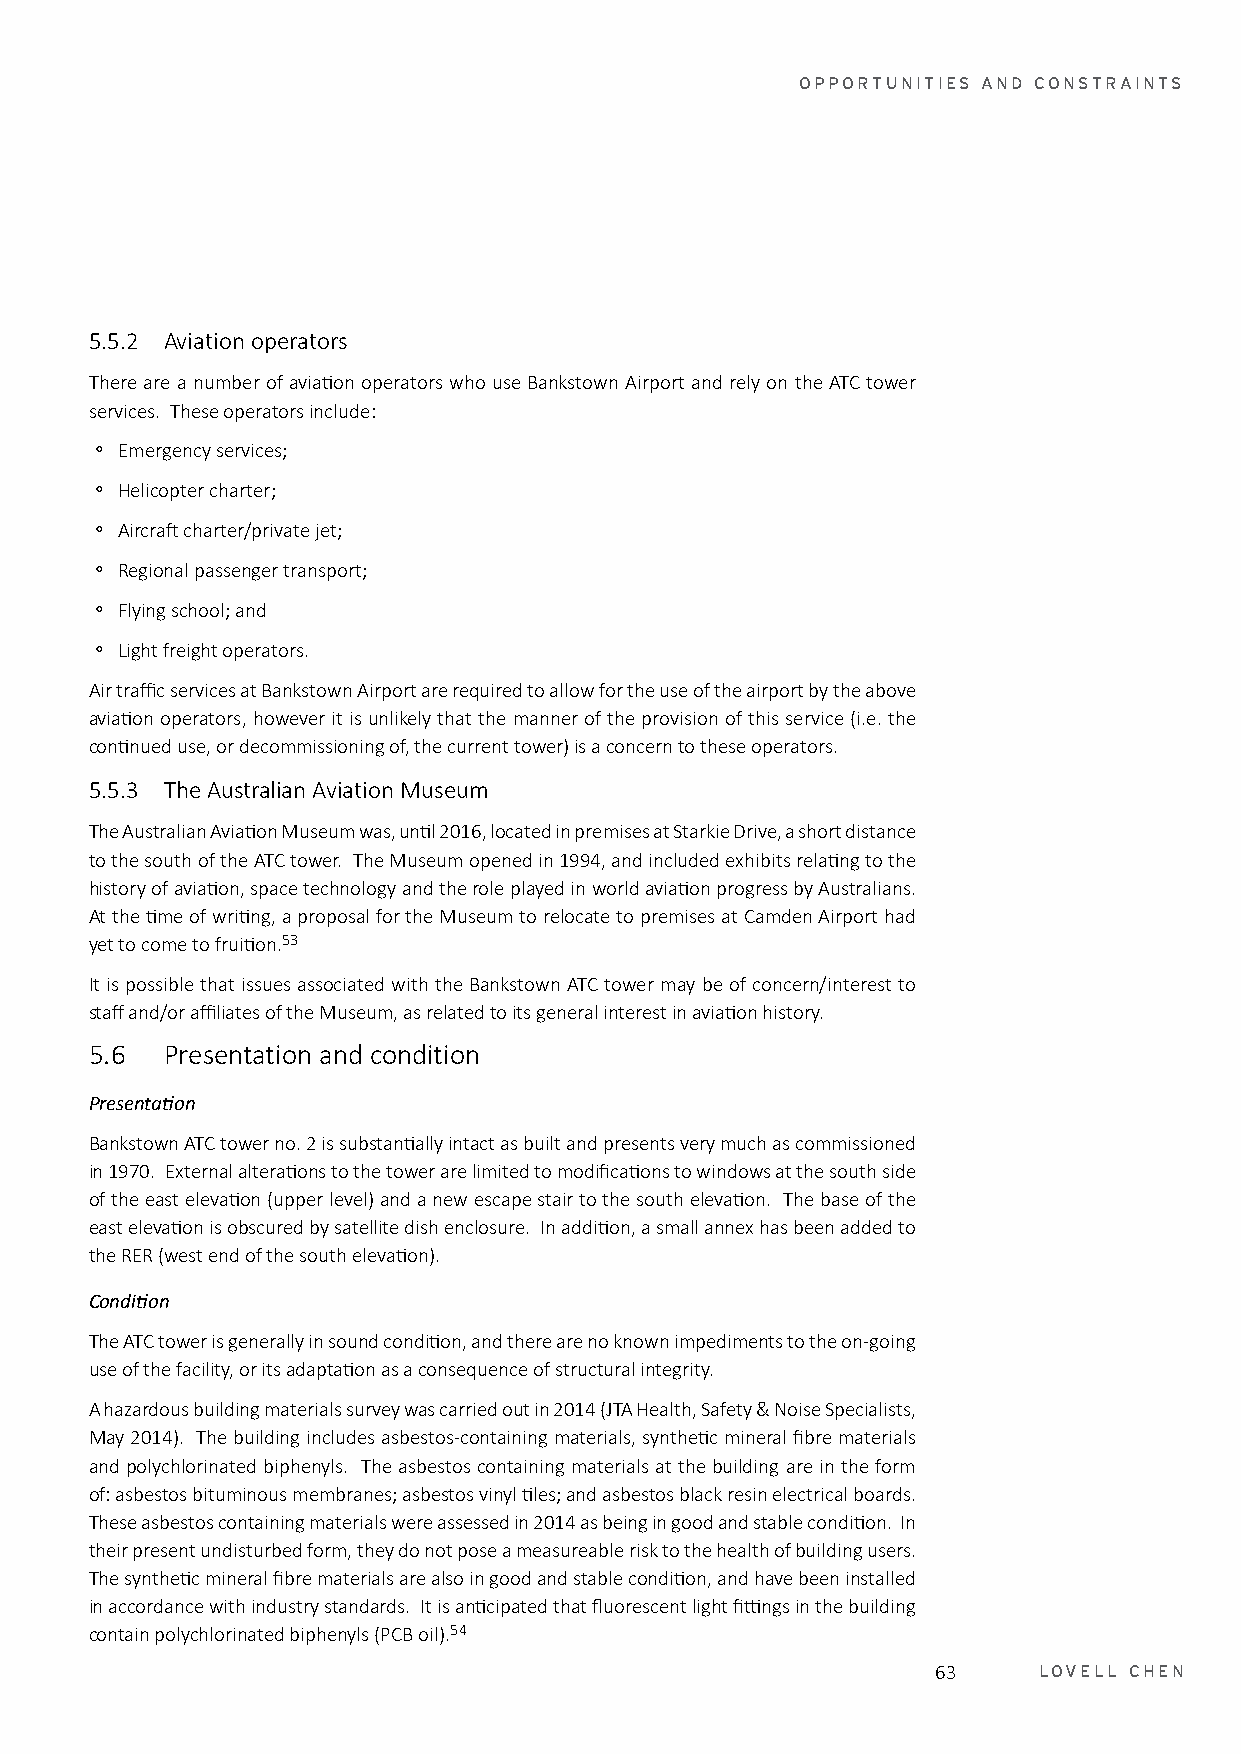
OPPORTUNITIES AND CONSTRAINTS
 5.5.2 Aviation operators
 There are a number of aviation operators who use Bankstown Airport and rely on the ATC tower
 services. These operators include:
 。 Emergency services;
 。 Helicopter charter;
 。 Aircraft charter/private jet;
 。 Regional passenger transport;
 。 Flying school; and
 。 Light freight operators.
 Air traffic services at Bankstown Airport are required to allow for the use of the airport by the above
 aviation operators, however it is unlikely that the manner of the provision of this service (i.e. the
 continued use, or decommissioning of, the current tower) is a concern to these operators.
 5.5.3 The Australian Aviation Museum
 The Australian Aviation Museum was, until 2016, located in premises at Starkie Drive, a short distance
 to the south of the ATC tower. The Museum opened in 1994, and included exhibits relating to the
 history of aviation, space technology and the role played in world aviation progress by Australians.
 At the time of writing, a proposal for the Museum to relocate to premises at Camden Airport had
 yet to come to fruition.53
 It is possible that issues associated with the Bankstown ATC tower may be of concern/interest to
 staff and/or affiliates of the Museum, as related to its general interest in aviation history.
 5.6  Presentation and condition
 Presentation
 Bankstown ATC tower no. 2 is substantially intact as built and presents very much as commissioned
 in 1970. External alterations to the tower are limited to modifications to windows at the south side
 of the east elevation (upper level) and a new escape stair to the south elevation. The base of the
 east elevation is obscured by satellite dish enclosure. In addition, a small annex has been added to
 the RER (west end of the south elevation).
 Condition
 The ATC tower is generally in sound condition, and there are no known impediments to the on-going
 use of the facility, or its adaptation as a consequence of structural integrity.
 A hazardous building materials survey was carried out in 2014 (JTA Health, Safety & Noise Specialists,
 May 2014). The building includes asbestos-containing materials, synthetic mineral fibre materials
 and polychlorinated biphenyls. The asbestos containing materials at the building are in the form
 of: asbestos bituminous membranes; asbestos vinyl tiles; and asbestos black resin electrical boards.
 These asbestos containing materials were assessed in 2014 as being in good and stable condition. In
 their present undisturbed form, they do not pose a measureable risk to the health of building users.
 The synthetic mineral fibre materials are also in good and stable condition, and have been installed
 in accordance with industry standards. It is anticipated that fluorescent light fittings in the building
 contain polychlorinated biphenyls (PCB oil).54
 63     LOVELL CHEN